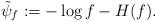
LaTeX: \begin{align*}\tilde{\psi}_f := - \log f - H(f).\end{align*}